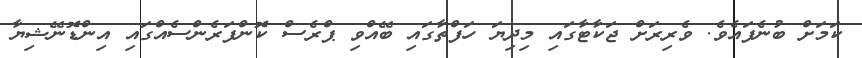
ކަމަށް ބުނެފައެވެ. ވެރިރަށް ޖަކާޓާގައި މިދިޔަ ހަފްތާގައި ބޭއްވި ޕްރެސް ކޮންފަރެންސެއްގައި އިންޑޮނޭޝިޔާ